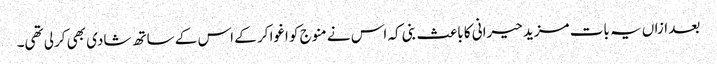
بعد ازاں یہ بات مزید حیرانی کا باعث بنی کہ اس نے منوج کو اغوا کر کے اس کے ساتھ شادی بھی کرلی تھی۔